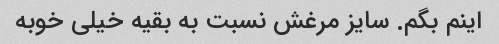
اینم بگم. سایز مرغش نسبت به بقیه خیلی خوبه